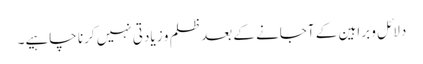
دلائل و براہین کے آجانے کے بعد ظلم و زیادتی نہیں کرنا چاہیے۔